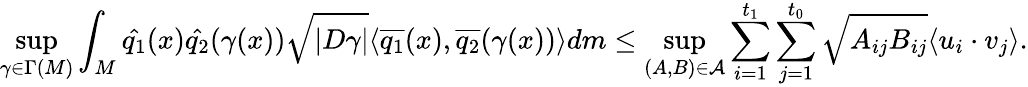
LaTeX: \operatorname*{sup}_{\gamma\in\Gamma(M)}\int_{M}\hat{q_{1}}(x)\hat{q_{2}}(\gamma(x))\sqrt{|D\gamma|}\langle\overline{{q_{1}}}(x),\overline{{q_{2}}}(\gamma(x))\rangle dm\leq\operatorname*{sup}_{(A,B)\in\mathcal{A}}\sum_{i=1}^{t_{1}}\sum_{j=1}^{t_{0}}\sqrt{A_{ij}B_{ij}}\langle u_{i}\cdot v_{j}\rangle.